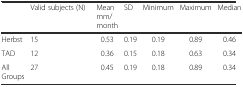
|  | Valid subjects (N) | Mean mm/month | SD | Minimum | Maximum | Median |
 | --- | --- | --- | --- | --- | --- | --- |
 | Herbst | 15 | 0.53 | 0.19 | 0.19 | 0.89 | 0.46 |
 | TAD | 12 | 0.36 | 0.15 | 0.18 | 0.63 | 0.34 |
 | All Groups | 27 | 0.45 | 0.19 | 0.18 | 0.89 | 0.34 |